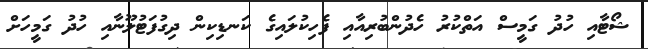
ޝޯޓާއި ހުދު ގަމީސް އަތްކުރު ހެދުންބުރިއާއި ފެހިކުލައިގެ ކަނޑިކިން ދިގުފަޓުލޫނާއި ހުދު ގަމީހަށް